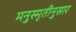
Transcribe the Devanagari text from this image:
मनुस्मृतीनुसार